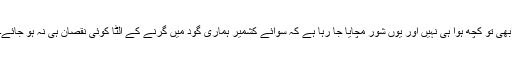
ابھی تو کچھ ہوا ہی نہیں اور یوں شور مچایا جا رہا ہے کہ سوائے کشمیر ہماری گود میں گرنے کے الٹا کوئی نقصان ہی نہ ہو جائے۔